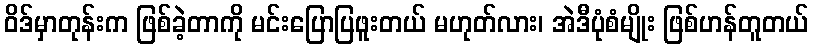
ဝိဒ်မှာတုန်းက ဖြစ်ခဲ့တာကို မင်းပြောပြဖူးတယ် မဟုတ်လား၊ အဲဒီပုံစံမျိုး ဖြစ်ဟန်တူတယ်